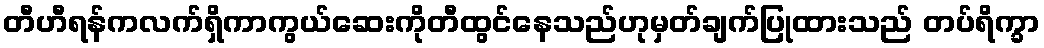
တီဟီရန်ကလက်ရှိကာကွယ်ဆေးကိုတီထွင်နေသည်ဟုမှတ်ချက်ပြုထားသည် တပ်ရိက္ခာ